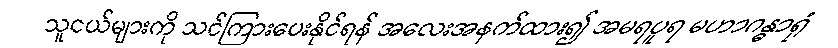
သူငယ်များကို သင်ကြားပေးနိုင်ရန် အလေးအနက်ထား၍ အမရပူရ မဟာဂန္ဓာရုံ